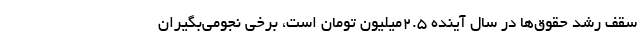
سقف رشد حقوق‌ها در سال آینده ۲.۵میلیون تومان است، برخی نجومی‌بگیران